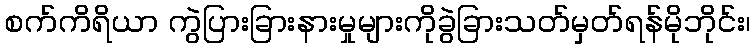
စက်ကိရိယာ ကွဲပြားခြားနားမှုများကိုခွဲခြားသတ်မှတ်ရန်မိုဘိုင်း၊